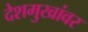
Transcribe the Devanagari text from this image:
देशमुखांवर